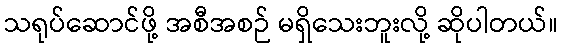
သရုပ်ဆောင်ဖို့ အစီအစဉ် မရှိသေးဘူးလို့ ဆိုပါတယ်။